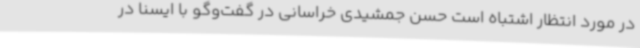
در مورد انتظار اشتباه است حسن جمشیدی خراسانی در گفت‌وگو با ایسنا در